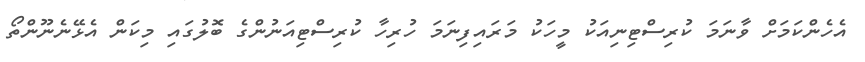
އެހެންކަމަށް ވާނަމަ ކުރިސްޓިނިއަކު މީހަކު މަރައިފިނަމަ ހުރިހާ ކުރިސްޓިއަނުންގެ ބޮލުގައި މިކަން އެޅޭނެނޫންތޯ